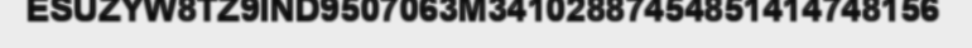
ESUZYW8TZ9IND9507063M34102887454851414748156